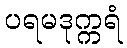
ပရမဒုက္ကရံ